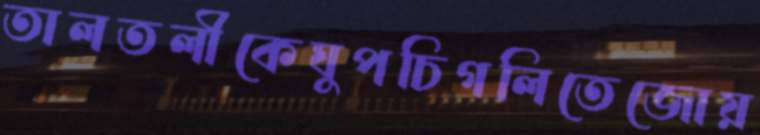
তালতলীকেঘুপচিগলিতেজোয়